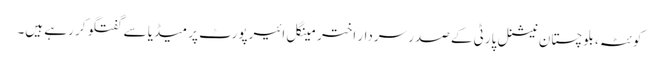
کوئٹہ، بلوچستان نیشنل پارٹی کے صدر سردار اختر مینگل ائیرپورٹ پر میڈیا سے گفتگو کر رہے ہیں۔